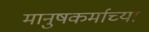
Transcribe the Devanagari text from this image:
मानुषकर्माच्या